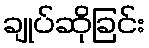
ချုပ်ဆိုခြင်း